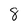
Character: 8